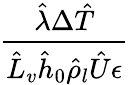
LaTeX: \frac{\hat{\lambda}\Delta\hat{T}}{\hat{L}_{v}\hat{h}_{0}\hat{\rho}_{l}\hat{U}\epsilon}